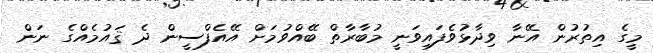
މީގެ އިތުރުން އޭނާ ވިދާޅުވެފައިވަނީ މުބާރާތް ބޭއްވުމަށް އޭއެފްސީން ދެ ޤައުމެއްގެ ނަން